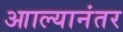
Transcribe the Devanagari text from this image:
आाल्यानंतर